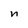
Character: n